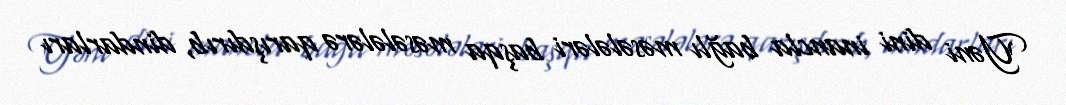
Yəni dini inancla bağlı məsələləri başqa məsələlərə qarışdırıb, dindarları